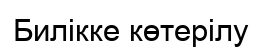
Билікке көтерілу